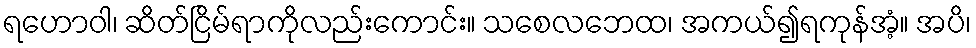
ရဟောဝါ၊ ဆိတ်ငြိမ်ရာကိုလည်းကောင်း။ သစေလဘေထ၊ အကယ်၍ရကုန်အံ့။ အပိ၊